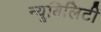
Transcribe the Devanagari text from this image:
न्यूबिलिटी